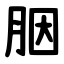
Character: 胭